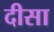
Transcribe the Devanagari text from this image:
दीसा